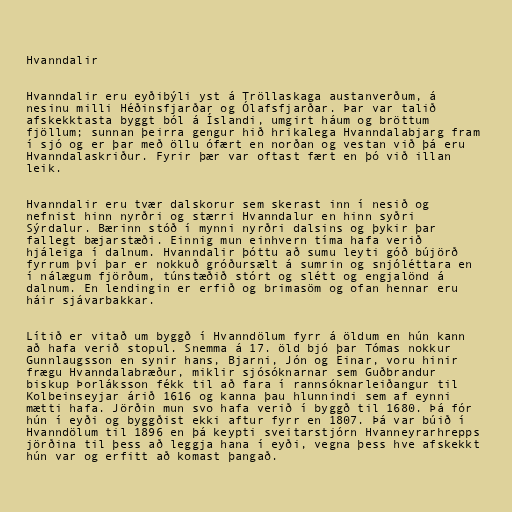
Hvanndalir

Hvanndalir eru eyðibýli yst á Tröllaskaga austanverðum, á
nesinu milli Héðinsfjarðar og Ólafsfjarðar. Þar var talið
afskekktasta byggt ból á Íslandi, umgirt háum og bröttum
fjöllum; sunnan þeirra gengur hið hrikalega Hvanndalabjarg fram
í sjó og er þar með öllu ófært en norðan og vestan við þá eru
Hvanndalaskriður. Fyrir þær var oftast fært en þó við illan
leik.

Hvanndalir eru tvær dalskorur sem skerast inn í nesið og
nefnist hinn nyrðri og stærri Hvanndalur en hinn syðri
Sýrdalur. Bærinn stóð í mynni nyrðri dalsins og þykir þar
fallegt bæjarstæði. Einnig mun einhvern tíma hafa verið
hjáleiga í dalnum. Hvanndalir þóttu að sumu leyti góð bújörð
fyrrum því þar er nokkuð gróðursælt á sumrin og snjóléttara en
í nálægum fjörðum, túnstæðið stórt og slétt og engjalönd á
dalnum. En lendingin er erfið og brimasöm og ofan hennar eru
háir sjávarbakkar.

Lítið er vitað um byggð í Hvanndölum fyrr á öldum en hún kann
að hafa verið stopul. Snemma á 17. öld bjó þar Tómas nokkur
Gunnlaugsson en synir hans, Bjarni, Jón og Einar, voru hinir
frægu Hvanndalabræður, miklir sjósóknarnar sem Guðbrandur
biskup Þorláksson fékk til að fara í rannsóknarleiðangur til
Kolbeinseyjar árið 1616 og kanna þau hlunnindi sem af eynni
mætti hafa. Jörðin mun svo hafa verið í byggð til 1680. Þá fór
hún í eyði og byggðist ekki aftur fyrr en 1807. Þá var búið í
Hvanndölum til 1896 en þá keypti sveitarstjórn Hvanneyrarhrepps
jörðina til þess að leggja hana í eyði, vegna þess hve afskekkt
hún var og erfitt að komast þangað.